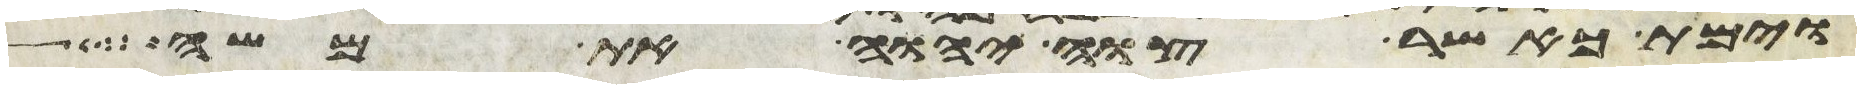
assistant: וימת כאשר צוה יהוה את משה